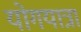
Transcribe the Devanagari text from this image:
योगयात्रा